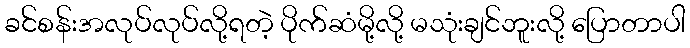
ခင်စန်းအလုပ်လုပ်လို့ရတဲ့ ပိုက်ဆံမို့လို့ မသုံးချင်ဘူးလို့ ပြောတာပါ